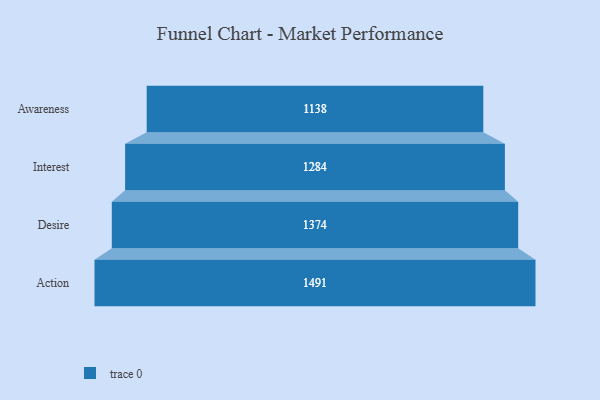
{"axis": {"x": "Stage", "y": "Value"}, "legend": [""], "data": [{"x": "Awareness", "y": 1138.0, "type": ""}, {"x": "Interest", "y": 1284.0, "type": ""}, {"x": "Desire", "y": 1374.0, "type": ""}, {"x": "Action", "y": 1491.0, "type": ""}]}